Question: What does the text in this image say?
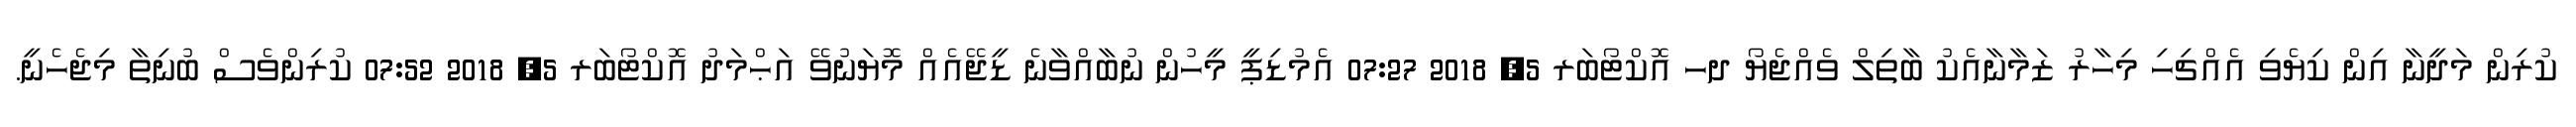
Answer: ކުރިން މަދީނާ އިން ކިޔެވި އެއްޗިހި މިހާރު ޒަމާނާއެކު ބާތިލް ވެއްޖެޔޯ ދހ އޮކްޓޯބަރ 5, 2018 07:27 އެމުޑިޕީ މީހުން ނުބާއްވާނެ ޑީޖޭއެއް މޮޔަނުވޭ އަޙްމަދު އޮކްޓޯބަރ 5, 2018 07:52 ކުރިންވެސް ބުނިތާ މިޖެހެނީ.